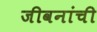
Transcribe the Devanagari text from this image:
जीवनांची